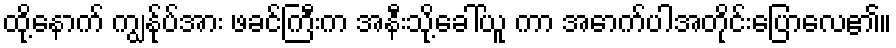
ထို့နောက် ကျွန်ုပ်အား ဖခင်ကြီးက အနီးသို့ခေါ်ယူ ကာ အောက်ပါအတိုင်းပြောလေ၏။